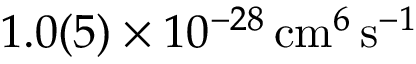
1 . 0 ( 5 ) \times 1 0 ^ { - 2 8 } \, \mathrm { c m } ^ { 6 } \, \mathrm { s } ^ { - 1 }